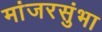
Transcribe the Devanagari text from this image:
मांजरसुंभा